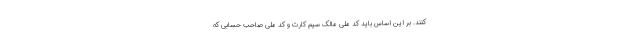
کنند. بر این اساس باید کد ملی مالک سیم کارت و کد ملی صاحب حسابی که